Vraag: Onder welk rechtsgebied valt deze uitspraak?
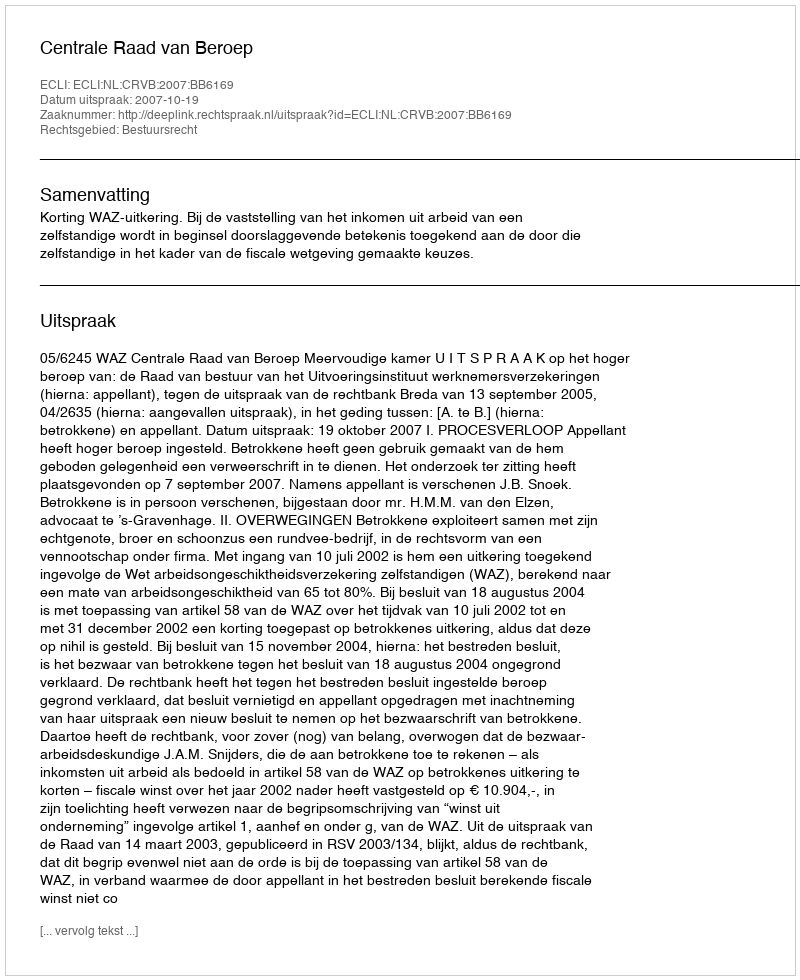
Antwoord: Bestuursrecht